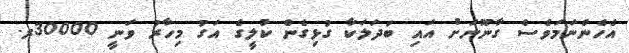
އެހެންނަމަވެސް ގާނޫނަށް އައި ބަދަލަކާ ގުޅިގެން ކުލީގެ އަގު މިހާރު ވަނީ 30000ރ.